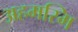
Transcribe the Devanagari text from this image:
अहमस्मि